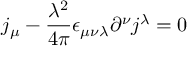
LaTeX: j _ { \mu } - \frac { \lambda ^ { 2 } } { 4 \pi } \epsilon _ { \mu \nu \lambda } \partial ^ { \nu } j ^ { \lambda } = 0